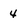
Character: 4